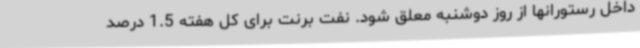
داخل رستورانها از روز دوشنبه معلق شود. نفت برنت برای کل هفته 1.5 درصد